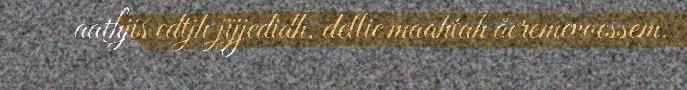
aathjis edtjh jïjjedidh, dellie maahtah åeremevoessem,